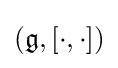
({\mathfrak {g}},[\cdot ,\cdot ])